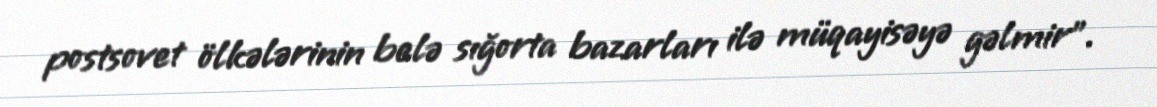
postsovet ölkələrinin belə sığorta bazarları ilə müqayisəyə gəlmir”.